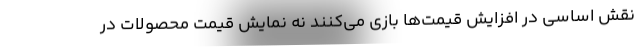
نقش اساسی در افزایش قیمت‌ها بازی می‌کنند نه نمایش قیمت‌ محصولات در